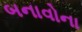
બનાવોના